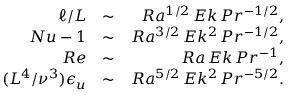
\begin{array} { r l r } { \ell / L } & { \sim } & { R a ^ { 1 / 2 } \, E k \, P r ^ { - 1 / 2 } , } \\ { N u - 1 } & { \sim } & { R a ^ { 3 / 2 } \, E k ^ { 2 } \, P r ^ { - 1 / 2 } , } \\ { R e } & { \sim } & { R a \, E k \, P r ^ { - 1 } , } \\ { ( L ^ { 4 } / \nu ^ { 3 } ) \epsilon _ { u } } & { \sim } & { R a ^ { 5 / 2 } \, E k ^ { 2 } \, P r ^ { - 5 / 2 } . } \end{array}